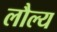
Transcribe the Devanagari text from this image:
लौल्य